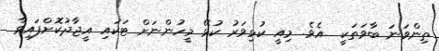
ތިންވަނަ ބާވަތަކީ  އެވެ. މިއީ ކުޅިވަރު ކުޅޭ މީހުންނަށް ޓަކައި އީޖާދުކޮށްފައިވާ